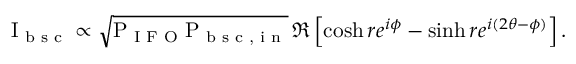
\mathrm { I _ { \textup { b s c } } } \propto \sqrt { \mathrm { P _ { \textup { I F O } } P _ { \textup { b s c , i n } } } } \, \Re \left[ \cosh r e ^ { i \phi } - \sinh r e ^ { i ( 2 \theta - \phi ) } \right] .